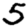
Digit: 5